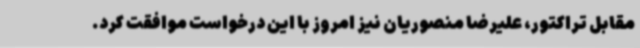
مقابل تراکتور، علیرضا منصوریان نیز امروز با این درخواست موافقت کرد.